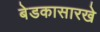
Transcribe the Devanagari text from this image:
बेडकासारखे